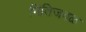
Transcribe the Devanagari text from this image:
भिंतिजवळ